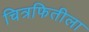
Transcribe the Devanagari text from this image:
चित्रफितीला